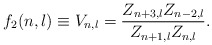
\begin{align*}f_{2}(n,l)\equiv V_{n,l}=\frac{Z_{n+3,l}Z_{n-2,l}}{Z_{n+1,l}Z_{n,l}}.\end{align*}